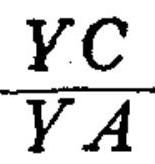
\frac{YC}{YA}